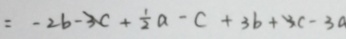
= - 2 b - 3 c + \frac { 1 } { 2 } a - c + 3 b + 3 c - 3 a